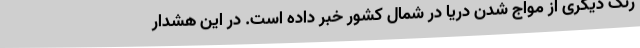
رنگ دیگری از مواج شدن دریا در شمال کشور خبر داده است. در این هشدار